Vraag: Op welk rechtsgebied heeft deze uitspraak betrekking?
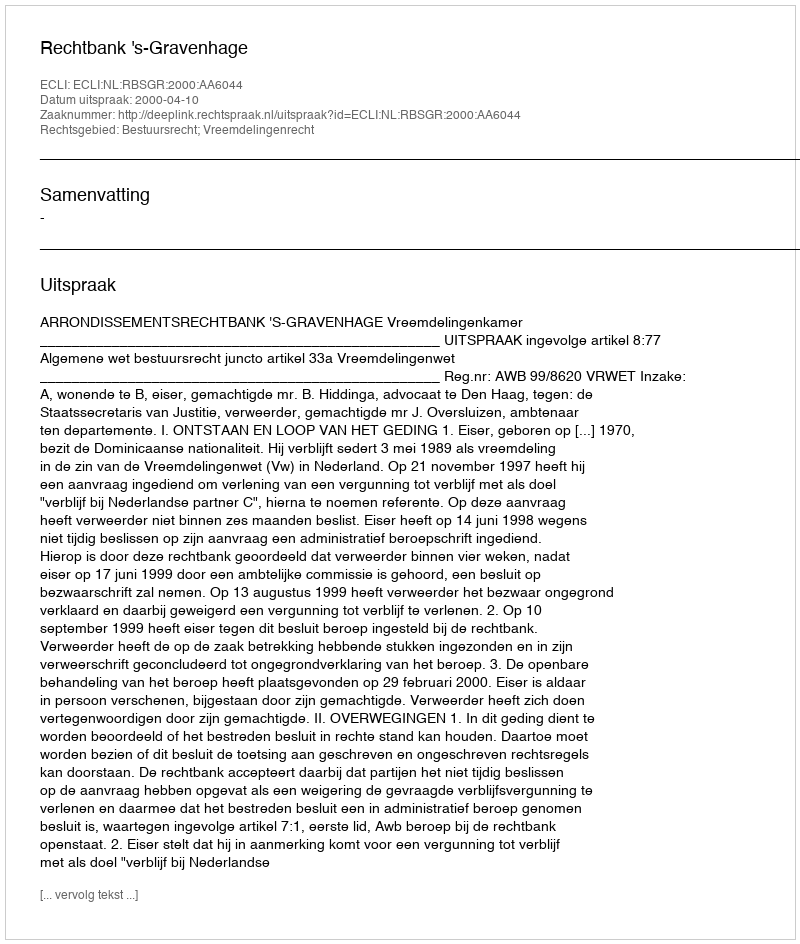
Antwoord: Bestuursrecht; Vreemdelingenrecht